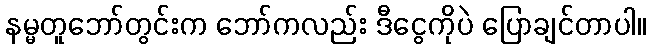
နမ္မတူဘော်တွင်းက ဘော်ကလည်း ဒီငွေကိုပဲ ပြောချင်တာပါ။